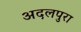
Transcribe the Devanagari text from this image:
अदलपुरा